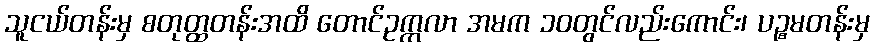
သူငယ်တန်းမှ စတုတ္ထတန်းအထိ တောင်ဥက္ကလာ အမက ၁၀တွင်လည်းကောင်း၊ ပဉ္စမတန်းမှ